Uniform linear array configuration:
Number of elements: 16
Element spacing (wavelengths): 0.25
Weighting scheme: uniform
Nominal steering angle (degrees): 15
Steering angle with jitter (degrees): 16.03
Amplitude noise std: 0.05
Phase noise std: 0.05

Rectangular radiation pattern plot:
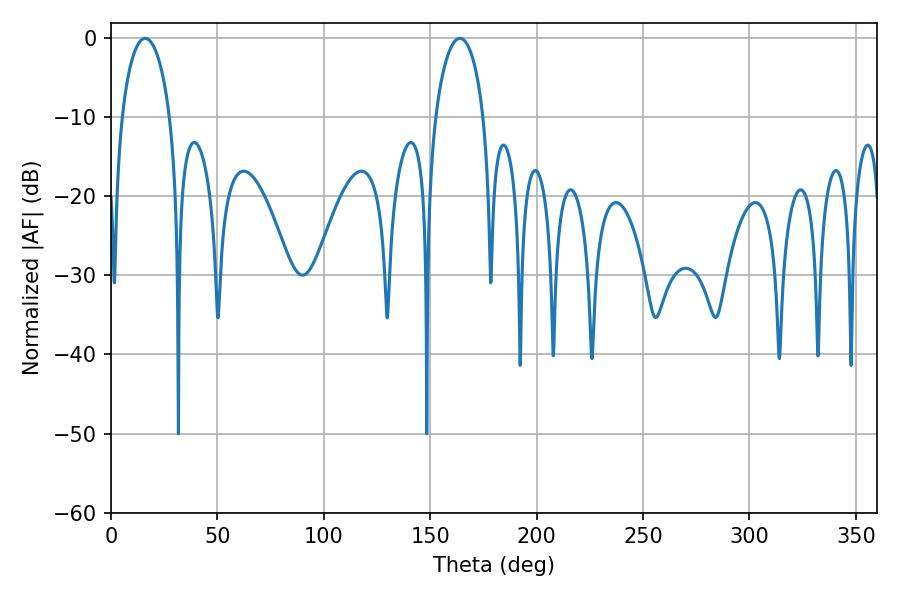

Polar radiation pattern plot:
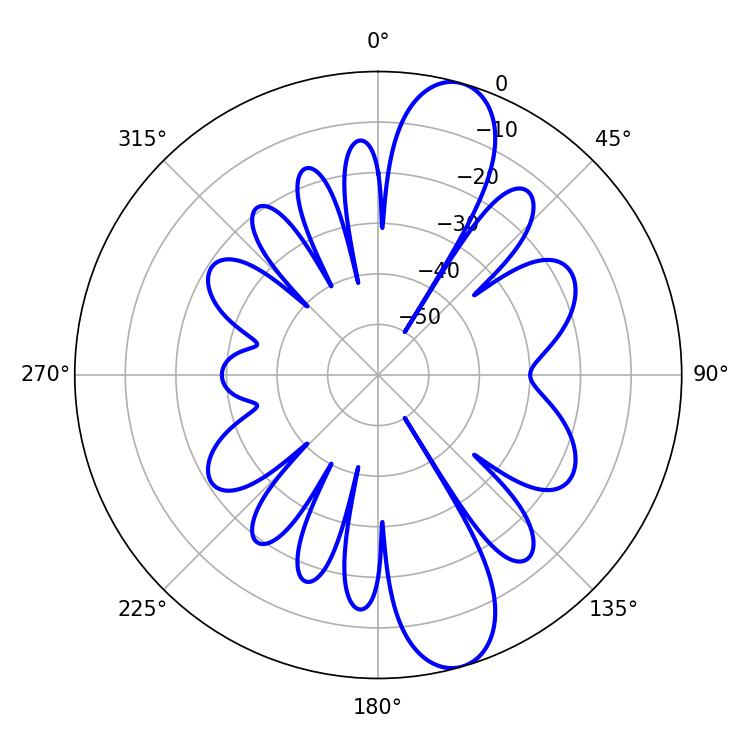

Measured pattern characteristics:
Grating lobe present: FALSE
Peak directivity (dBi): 11.455
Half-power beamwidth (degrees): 12.96
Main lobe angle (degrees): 16.02